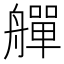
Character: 𦪢